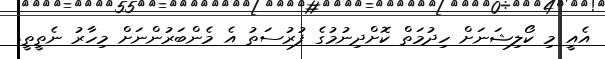
އެއީ މި ކޯލިޝަނަށް ހިދުމަތް ކޮށްދިނުމުގެ ފުރުސަތު އެ މެންބަރުންނަށް މިހާރު ނެތީތީ.